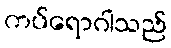
ကပ်ရောဂါသည်